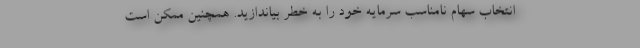
انتخاب سهام نامناسب سرمایه خود را به خطر بیاندازید. همچنین ممکن است